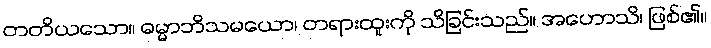
တတိယသော။ ဓမ္မာဘိသမယော၊ တရားထူးကို သိခြင်းသည်။ အဟောသိ၊ ဖြစ်၏။